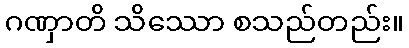
ဂဏှာတိ သိဿော စသည်တည်း။